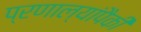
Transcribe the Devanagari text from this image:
प्रणाल्यांपैकी